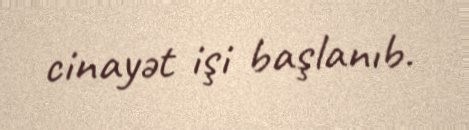
cinayət işi başlanıb.